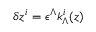
\delta z ^ { i } = \epsilon ^ { \Lambda } k _ { \Lambda } ^ { i } ( z )